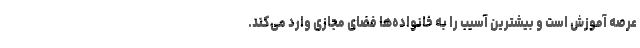
عرصه آموزش است و بیشترین آسیب را به خانواده‌ها فضای مجازی وارد می‌کند.